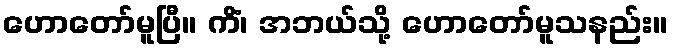
ဟောတော်မူပြီ။ ကိံ၊ အဘယ်သို့ ဟောတော်မူသနည်း။